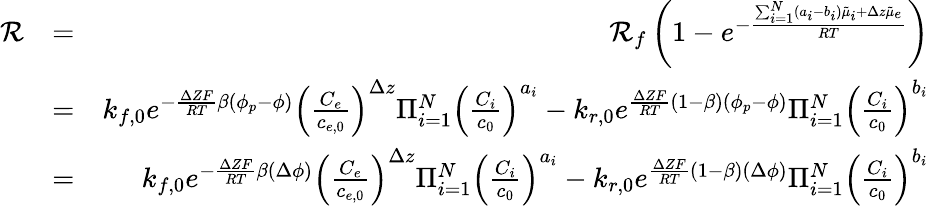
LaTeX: \begin{array}{rlr}{\mathcal{R}}&{=}&{\mathcal{R}_{f}\left(1-e^{-\frac{\sum_{i=1}^{N}(a_{i}-b_{i})\tilde{\mu}_{i}+\Delta z\tilde{\mu}_{e}}{RT}}\right)}\\ &{=}&{k_{f,0}e^{-\frac{\Delta ZF}{RT}\beta(\phi_{p}-\phi)}\left(\frac{C_{e}}{c_{e,0}}\right)^{\Delta z}\Pi_{i=1}^{N}\left(\frac{C_{i}}{c_{0}}\right)^{a_{i}}-k_{r,0}e^{\frac{\Delta ZF}{RT}(1-\beta)(\phi_{p}-\phi)}\Pi_{i=1}^{N}\left(\frac{C_{i}}{c_{0}}\right)^{b_{i}}}\\ &{=}&{k_{f,0}e^{-\frac{\Delta ZF}{RT}\beta(\Delta\phi)}\left(\frac{C_{e}}{c_{e,0}}\right)^{\Delta z}\Pi_{i=1}^{N}\left(\frac{C_{i}}{c_{0}}\right)^{a_{i}}-k_{r,0}e^{\frac{\Delta ZF}{RT}(1-\beta)(\Delta\phi)}\Pi_{i=1}^{N}\left(\frac{C_{i}}{c_{0}}\right)^{b_{i}}}\end{array}